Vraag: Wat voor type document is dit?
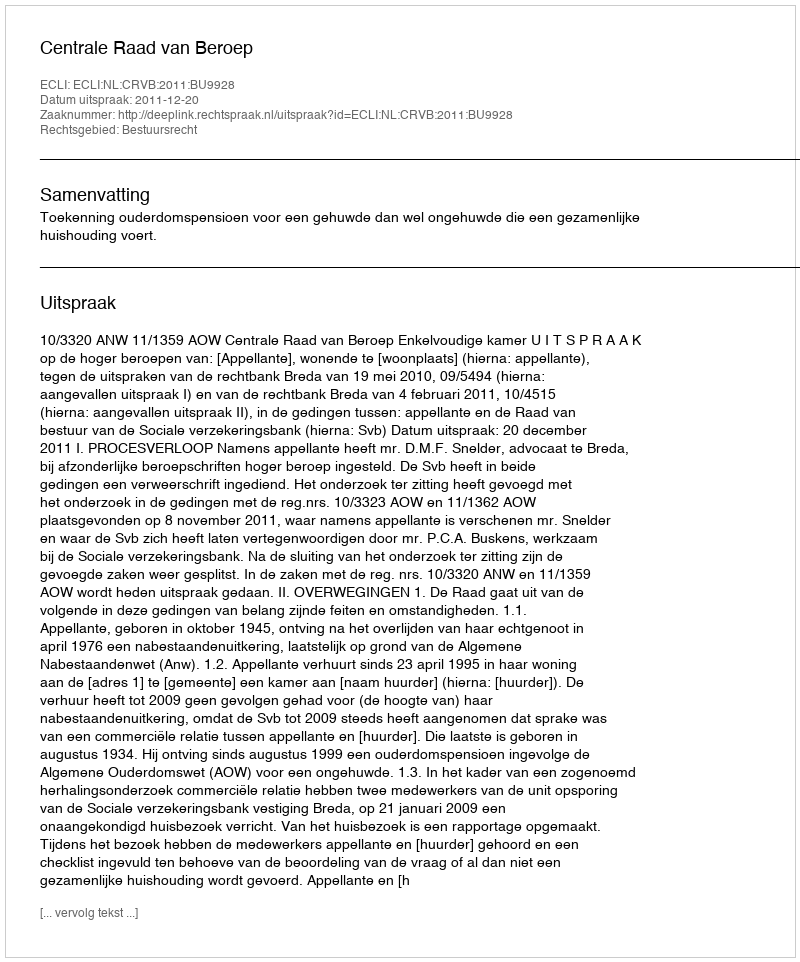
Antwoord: Uitspraak